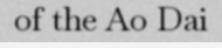
of the Ao Dai